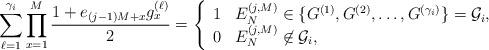
LaTeX: \begin{align*} \sum_{\ell=1}^{\gamma_i}\prod_{x=1}^M\frac{1+e_{(j-1)M+x}g_x^{(\ell)}}{2}=\left\{ \begin{array}{cl} 1 & E_{N}^{(j,M)} \in \{G^{(1)},G^{(2)},\dots, G^{(\gamma_i)}\}=\mathcal{G}_i,\\ 0 & E_{N}^{(j,M)} \not \in \mathcal{G}_i, \end{array} \right.\end{align*}